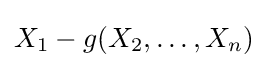
X_{1}-g(X_{2},\ldots ,X_{n})